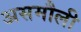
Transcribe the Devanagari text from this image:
असमौली